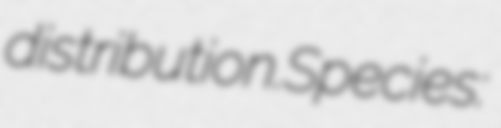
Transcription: distribution.Species: